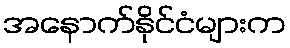
အနောက်နိုင်ငံများက